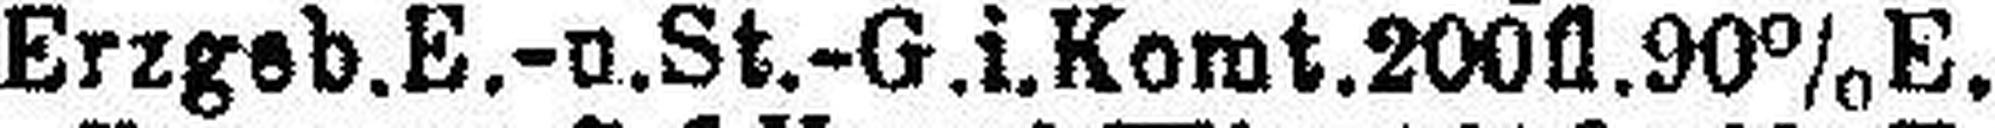
Erzgeb.E.- u. St.-G.i.Komt. 200fl. 90%E.